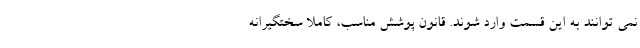
نمی توانند به این قسمت وارد شوند. قانون پوشش مناسب، کاملا سختگیرانه‌